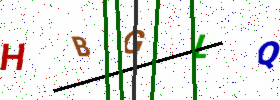
Text: HBGLQ